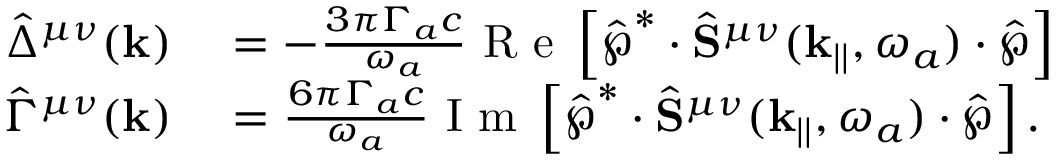
\begin{array} { r l } { \hat { \Delta } ^ { \mu \nu } ( \mathbf { k } ) } & { { } = - \frac { 3 \pi \Gamma _ { a } c } { \omega _ { a } } \textrm { R e } \left[ \hat { \boldsymbol { \wp } } ^ { * } \cdot \hat { \mathbf { S } } ^ { \mu \nu } ( \mathbf { k } _ { | | } , \omega _ { a } ) \cdot \hat { \boldsymbol { \wp } } \right] } \\ { \hat { \Gamma } ^ { \mu \nu } ( \mathbf { k } ) } & { { } = \frac { 6 \pi \Gamma _ { a } c } { \omega _ { a } } \textrm { I m } \left[ \hat { \boldsymbol { \wp } } ^ { * } \cdot \hat { \mathbf { S } } ^ { \mu \nu } ( \mathbf { k } _ { | | } , \omega _ { a } ) \cdot \hat { \boldsymbol { \wp } } \right] . } \end{array}